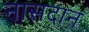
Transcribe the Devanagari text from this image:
नासदान